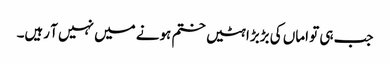
جب ہی تو اماں کی بڑبڑاہٹیں ختم ہونے میں نہیں آ رہیں۔